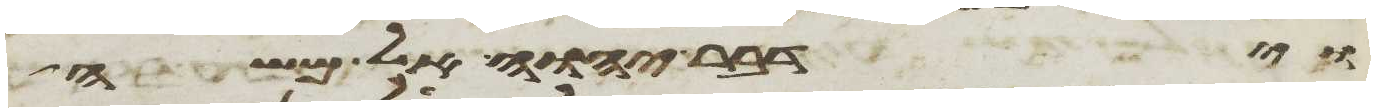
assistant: וידבר יהוה אל משה